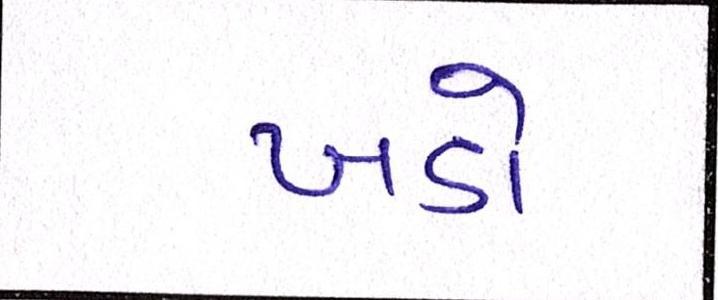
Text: ખડો